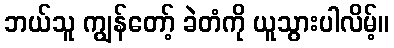
ဘယ်သူ ကျွန်တော့် ခဲတံကို ယူသွားပါလိမ့်။